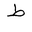
Letter: _da